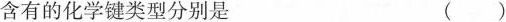
含有的化学键类型分别是 ()